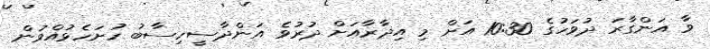
ވާ އަންގާރަ ދުވަހުގެ 10:30 އަށް މި އިދާރާއަށް ދުރުވެ އަންދާސީހިސާބު ހުށަހެޅުއްވުން